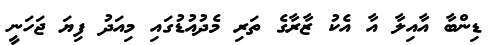
ޑިންބާ އާއިލާ އާ އެކު ޒާރާގެ ތަރި މެދުއުޑުގައި މިއަދު ފިޔަ ޖަހަނީ